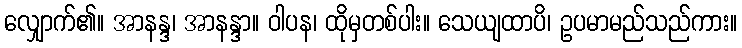
လျှောက်၏။ အာနန္ဒ၊ အာနန္ဒာ။ ဝါပန၊ ထိုမှတစ်ပါး။ သေယျထာပိ၊ ဥပမာမည်သည်ကား။